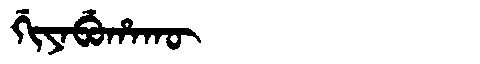
Manchu: ᡤᡳᠶᠠᠪᡠᡥᠠᡴᡡ
Romanization: GIYABUHAKŪ